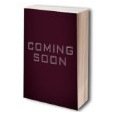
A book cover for The log of the Easy Way;; John Lathrop Mathews; Travel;